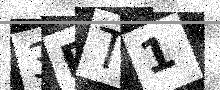
Text: 3FT1